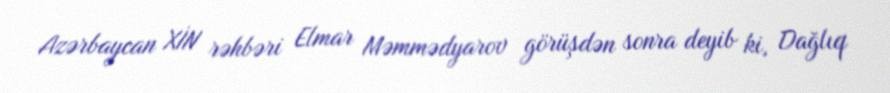
Azərbaycan XİN rəhbəri Elmar Məmmədyarov görüşdən sonra deyib ki, Dağlıq